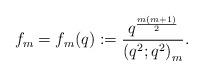
LaTeX: \begin{align*}f_m=f_m(q):=\frac{q^{\frac{m(m+1)}{2}}}{\left(q^2;q^2\right)_m}.\end{align*}